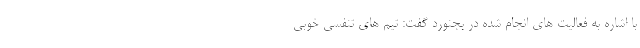
با اشاره به فعالیت های انجام شده در بجنورد گفت: تیم های تنفسی خوبی